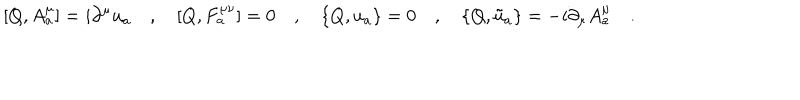
[ Q , A _ { a } ^ { \mu } ] = i \partial ^ { \mu } u _ { a } \quad , \quad [ Q , F _ { a } ^ { \mu \nu } ] = 0 \quad , \quad \{ Q , u _ { a } \} = 0 \quad , \quad \{ Q , \tilde { u } _ { a } \} = - i \partial _ { \mu } A _ { a } ^ { \mu } \quad .